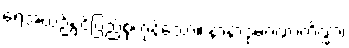
ရေအယဉ်နှင့်ပြည့်စုံကုန်သော။ နာနာဒုမဂဏာကိဏ္ဏာ၊